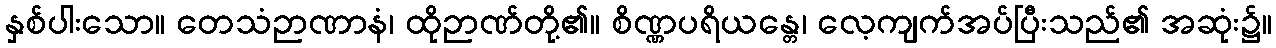
နှစ်ပါးသော။ တေသံဉာဏာနံ၊ ထိုဉာဏ်တို့၏။ စိဏ္ဏပရိယန္တေ၊ လေ့ကျက်အပ်ပြီးသည်၏ အဆုံး၌။